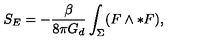
S _ { E } = - \frac { \beta } { 8 \pi G _ { d } } \int _ { \Sigma } ( F \wedge \ast F ) ,